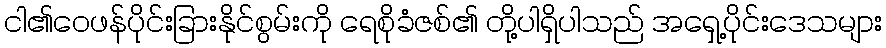
ငါ၏ဝေဖန်ပိုင်းခြားနိုင်စွမ်းကို ရေစိုခံဇစ်၏ တို့ပါရှိပါသည် အရှေ့ပိုင်းဒေသများ